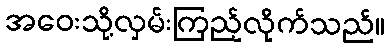
အဝေးသို့လှမ်းကြည့်လိုက်သည်။